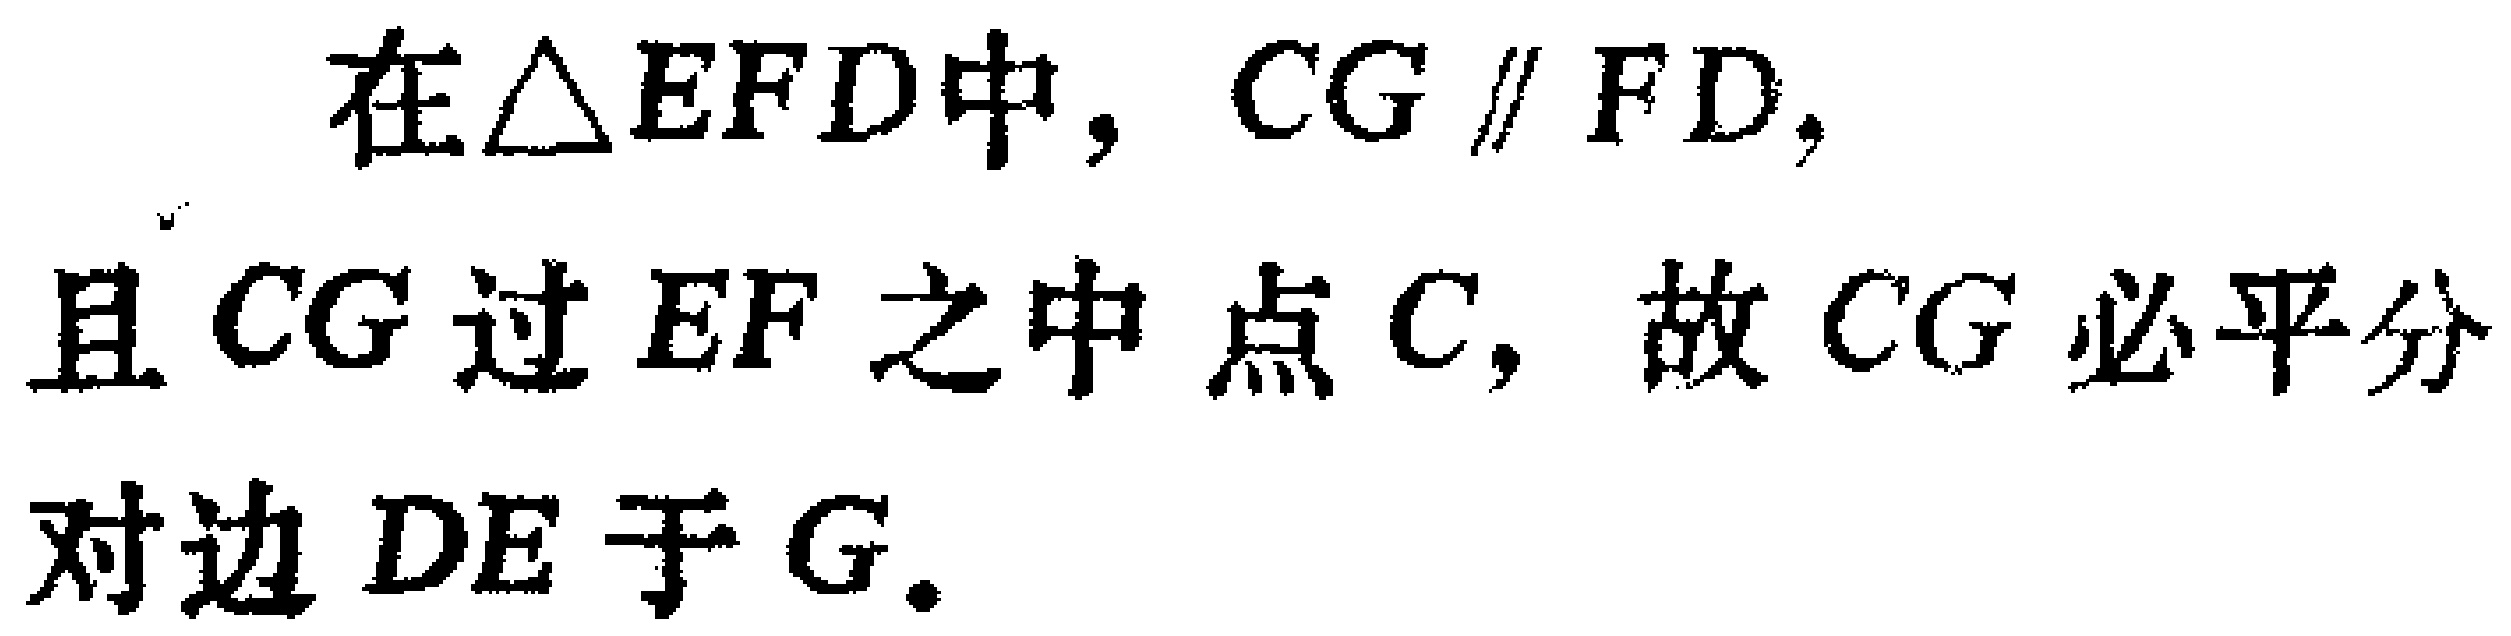
在$\triangle EFD$中，$CG \parallel FD$，且$CG$过$EF$之中点$C$，故$CG$必平分对边$DE$于$G.$